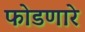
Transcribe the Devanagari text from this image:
फोडणारे